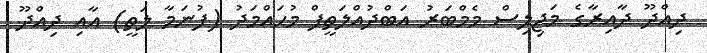
ދިއްދޫ ދާއިރާގެ މަޖިލިސް މެމްބަރު އަބްދުއްލަތީފް މުހައްމަދު (ފުނަމާ ލަތީ) އާއި ދިއްދޫ